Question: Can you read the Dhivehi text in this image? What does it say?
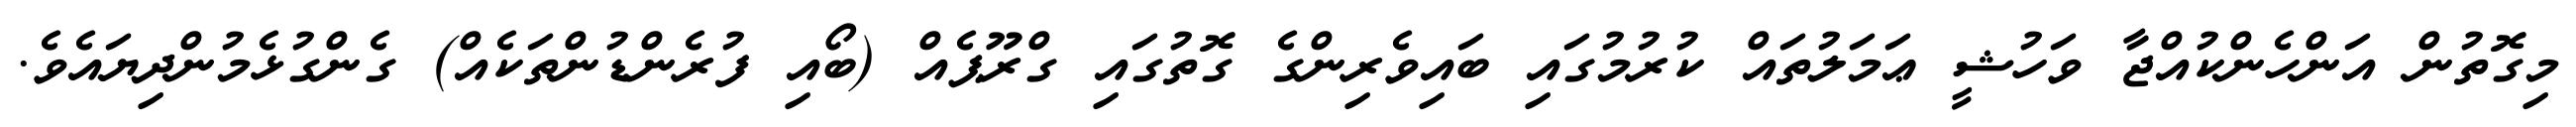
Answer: މިގޮތުން އަންހެންކުއްޖާ ވަހުޝީ ޢަމަލުތައް ކުރުމުގައި ބައިވެރިންގެ ގޮތުގައި ގްރޫޕެއް (ބޯއި ފުރެންޑުންތަކެއް) ގެންގުޅެމުންދިޔައެވެ.